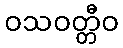
ဝသဝတ္တီဝ